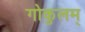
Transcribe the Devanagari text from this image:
गोकुलम्